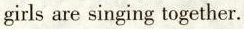
girls are singing together.